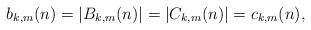
LaTeX: \begin{align*}b_{k,m}(n) = |B_{k,m}(n)| = |C_{k,m}(n)| = c_{k,m}(n),\end{align*}